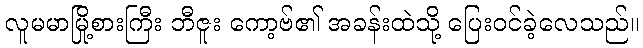
လူမမာမြို့စားကြီး ဘီဇူး ကော့ဗ်၏ အခန်းထဲသို့ ပြေးဝင်ခဲ့လေသည်။